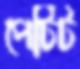
পেটিট